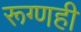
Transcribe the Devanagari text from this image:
रूग्णही